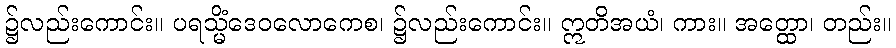
၌လည်းကောင်း။ ပရသ္မိံဒေဝလောကေစ၊ ၌လည်းကောင်း။ ဣတိအယံ၊ ကား။ အတ္ထော၊ တည်း။